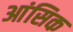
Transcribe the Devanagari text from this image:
आंसिक